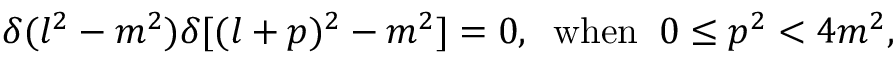
\delta ( l ^ { 2 } - m ^ { 2 } ) \delta [ ( l + p ) ^ { 2 } - m ^ { 2 } ] = 0 , \; \; \mathrm { w h e n } \; \; 0 \leq p ^ { 2 } < 4 m ^ { 2 } ,